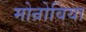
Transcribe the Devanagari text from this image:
मोन्रोविया